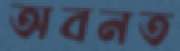
অবনত